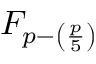
F _ { p - \left( { \frac { p } { 5 } } \right) }